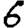
Digit: 6